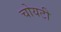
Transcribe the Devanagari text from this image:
चोयटी